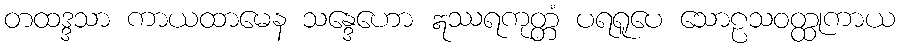
တထဒ္ဒသာ ကာယထာမေန သန္ဒေဟော ဣဿရကုတ္တံ ပရရူပေ သောဠသဝတ္ထုကာယ